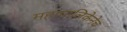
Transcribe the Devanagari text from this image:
महापालिकेनेच